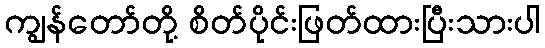
ကျွန်တော်တို့ စိတ်ပိုင်းဖြတ်ထားပြီးသားပါ